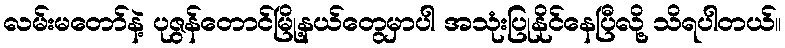
လမ်းမတော်နဲ့ ပုဇွန်တောင်မြို့နယ်တွေမှာပါ အသုံးပြုနိုင်နေပြီလို့ သိရပါတယ်။